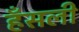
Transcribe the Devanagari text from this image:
हँसली